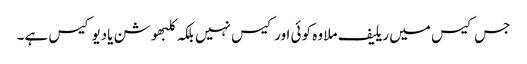
جس کیس میں ریلیف ملا وہ کوئی اور کیس نہیں بلکہ کلبھوشن یادیو کیس ہے۔